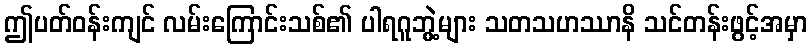
ဤပတ်ဝန်းကျင် လမ်းကြောင်းသစ်၏ ပါရဂူဘွဲ့များ သတသဟဿာနိ သင်တန်းဖွင့်အမှာ